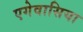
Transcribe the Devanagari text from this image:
एगेवासिया